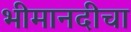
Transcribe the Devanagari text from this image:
भीमानदीचा